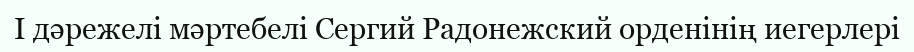
I дәрежелі мәртебелі Сергий Радонежский орденінің иегерлері